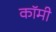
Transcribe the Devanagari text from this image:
कॉमी